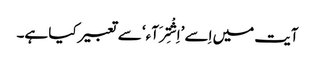
آیت میں اِسے ’اِشْتِرَآء‘ سے تعبیر کیا ہے۔